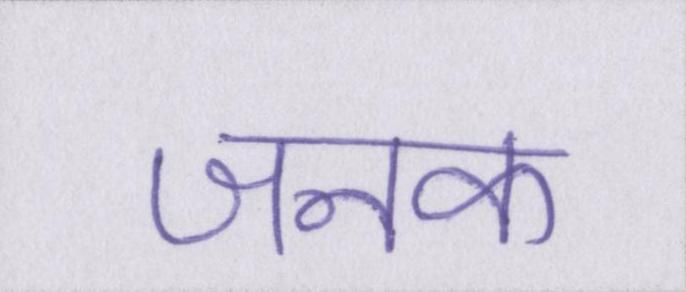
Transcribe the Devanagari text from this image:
जनक